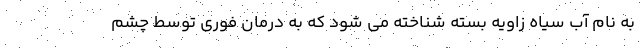
به نام آب سیاه زاویه بسته شناخته می شود که به درمان فوری توسط چشم